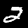
Label: 2